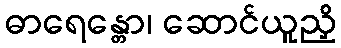
ဓာရေန္တော၊ ဆောင်ယူညှိ